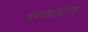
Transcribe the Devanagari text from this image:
भरण्याजोगा